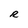
Character: R